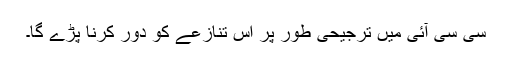
سی سی آئی میں ترجیحی طور پر اس تنازعے کو دور کرنا پڑے گا۔